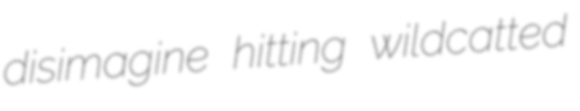
disimagine hitting wildcatted